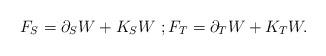
LaTeX: \begin{align*} F_{S}=\partial _{S}W+K_{S}W\, \, ; F_{T}= \partial_{T}W + K_{T}W.\end{align*}